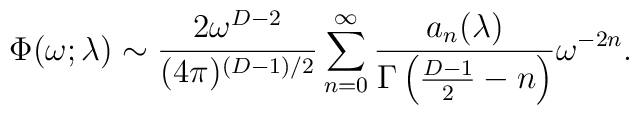
\Phi(\omega;\lambda)\sim {2 \omega^{D-2} \over(4\pi)^{(D-1)/2}}\sum_{n=0}^\infty {a_n(\lambda) \over\Gamma\left({D-1 \over 2}-n\right)} \omega^{-2n}.